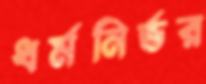
ধর্মনির্ভর